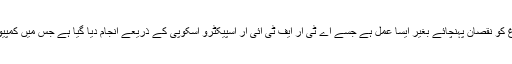
زیادہ تفصیل میں جائیں تو یہ کسی درد یا دماغ کو نقصان پہنچائے بغیر ایسا عمل ہے جسے اے ٹی آر ایف ٹی آئی آر اسپیکٹرو اسکوپی کے ذریعے انجام دیا گیا ہے جس میں کمپیوٹر اور مصنوعی ذہانت سے مدد لی گئی ہے۔